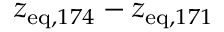
z _ { \mathrm { e q } , 1 7 4 } - z _ { \mathrm { e q } , 1 7 1 }